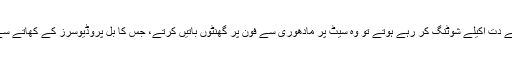
جب سنجے دت اکیلے شوٹنگ کر رہے ہوتے تو وہ سیٹ پر مادھوری سے فون پر گھنٹوں باتیں کرتے، جس کا بل پروڈیوسرز کے کھاتے سے ادا ہوتا۔